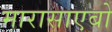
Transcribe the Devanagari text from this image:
मारासाएबो